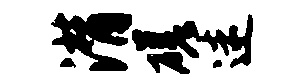
潸磋迷